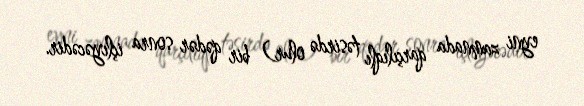
eyni zamnada qarçılıqlı təsirdə olur) bir qədər sonra içlıyəcədir.